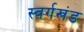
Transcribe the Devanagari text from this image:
स्वर्गखंड